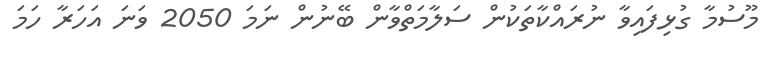
މޫސުމާ ގުޅިފައިވާ ނުރައްކާތަކުން ސަލާމަތްވާން ބޭނުން ނަމަ 2050 ވަނަ އަހަރާ ހަމަ